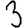
Digit: 3